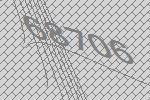
68706